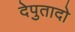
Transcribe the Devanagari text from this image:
देपुतादो